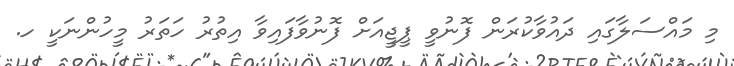
މި މައްސަލާގައި ދައުވާކުރަން ފޮނުވީ ޕީޖީއަށް ފޮނުވާފައިވާ އިތުރު ހަތަރު މީހުންނަކީ ހ.